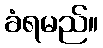
ခံရမည်။